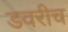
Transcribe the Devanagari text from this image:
डवरीच